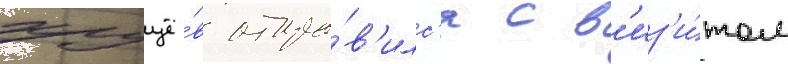
хрущё́в отпра́в'илс'я с в'из'и́том